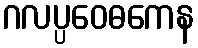
ဂလပ္ပဝေဓကေန